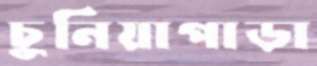
চুনিয়াপাড়া